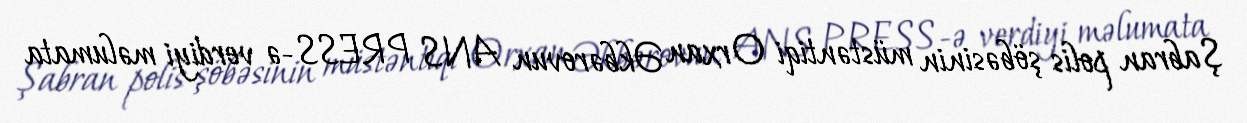
Şabran polis şöbəsinin müstəntiqi Orxan Əkbərovun ANS PRESS-ə verdiyi məlumata